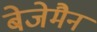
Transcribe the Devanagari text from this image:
बेजेमैन